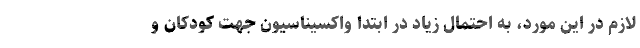
لازم در این مورد، به احتمال زیاد در ابتدا واکسیناسیون جهت کودکان و